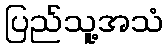
ပြည်သူ့အသံ